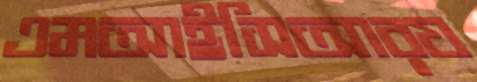
এমআইসিআরয